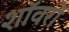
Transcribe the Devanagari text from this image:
शॉवरों